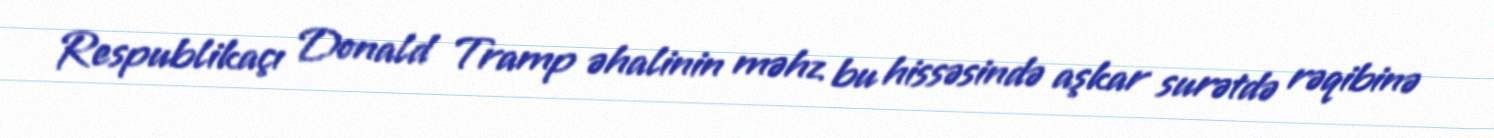
Respublikaçı Donald Tramp əhalinin məhz bu hissəsində aşkar surətdə rəqibinə